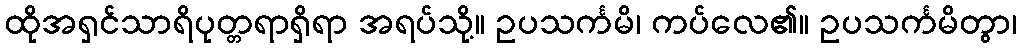
ထိုအရှင်သာရိပုတ္တရာရှိရာ အရပ်သို့။ ဥပသင်္ကမိ၊ ကပ်လေ၏။ ဥပသင်္ကမိတွာ၊